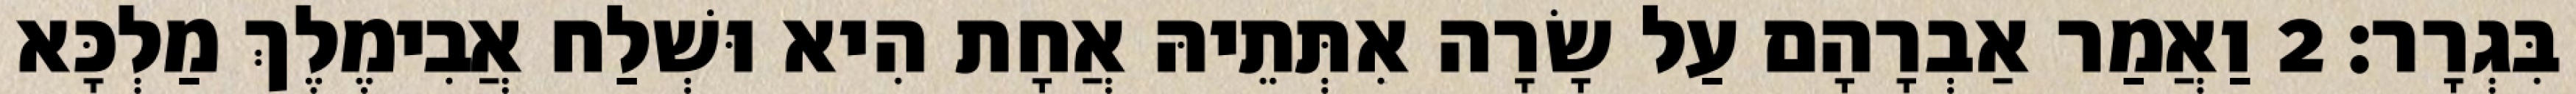
בִּגְרָר׃ 2 וַאֲמַר אַבְרָהָם עַל שָׂרָה אִתְּתֵיהּ אֲחָת הִיא וּשְׁלַח אֲבִימֶלֶךְ מַלְכָּא